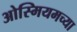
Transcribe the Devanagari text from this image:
ओस्मियमच्या